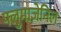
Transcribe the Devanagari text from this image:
फ्लुमाज़ेनिल